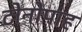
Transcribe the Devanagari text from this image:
टोनोपाह